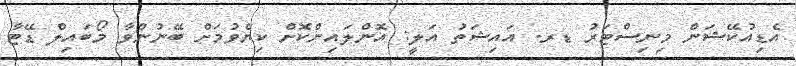
އެޑިއުކޭޝަން މިނިސްޓަރު ޑރ. އައިޝަތު އަލީ: އޮންލައިންކޮށް ކިޔެވުމަށް ބޭނުންވާ މޯބައިލް ޑޭޓާ